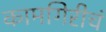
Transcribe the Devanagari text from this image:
कामगिरीचं